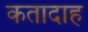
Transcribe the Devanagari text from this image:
कतादाह